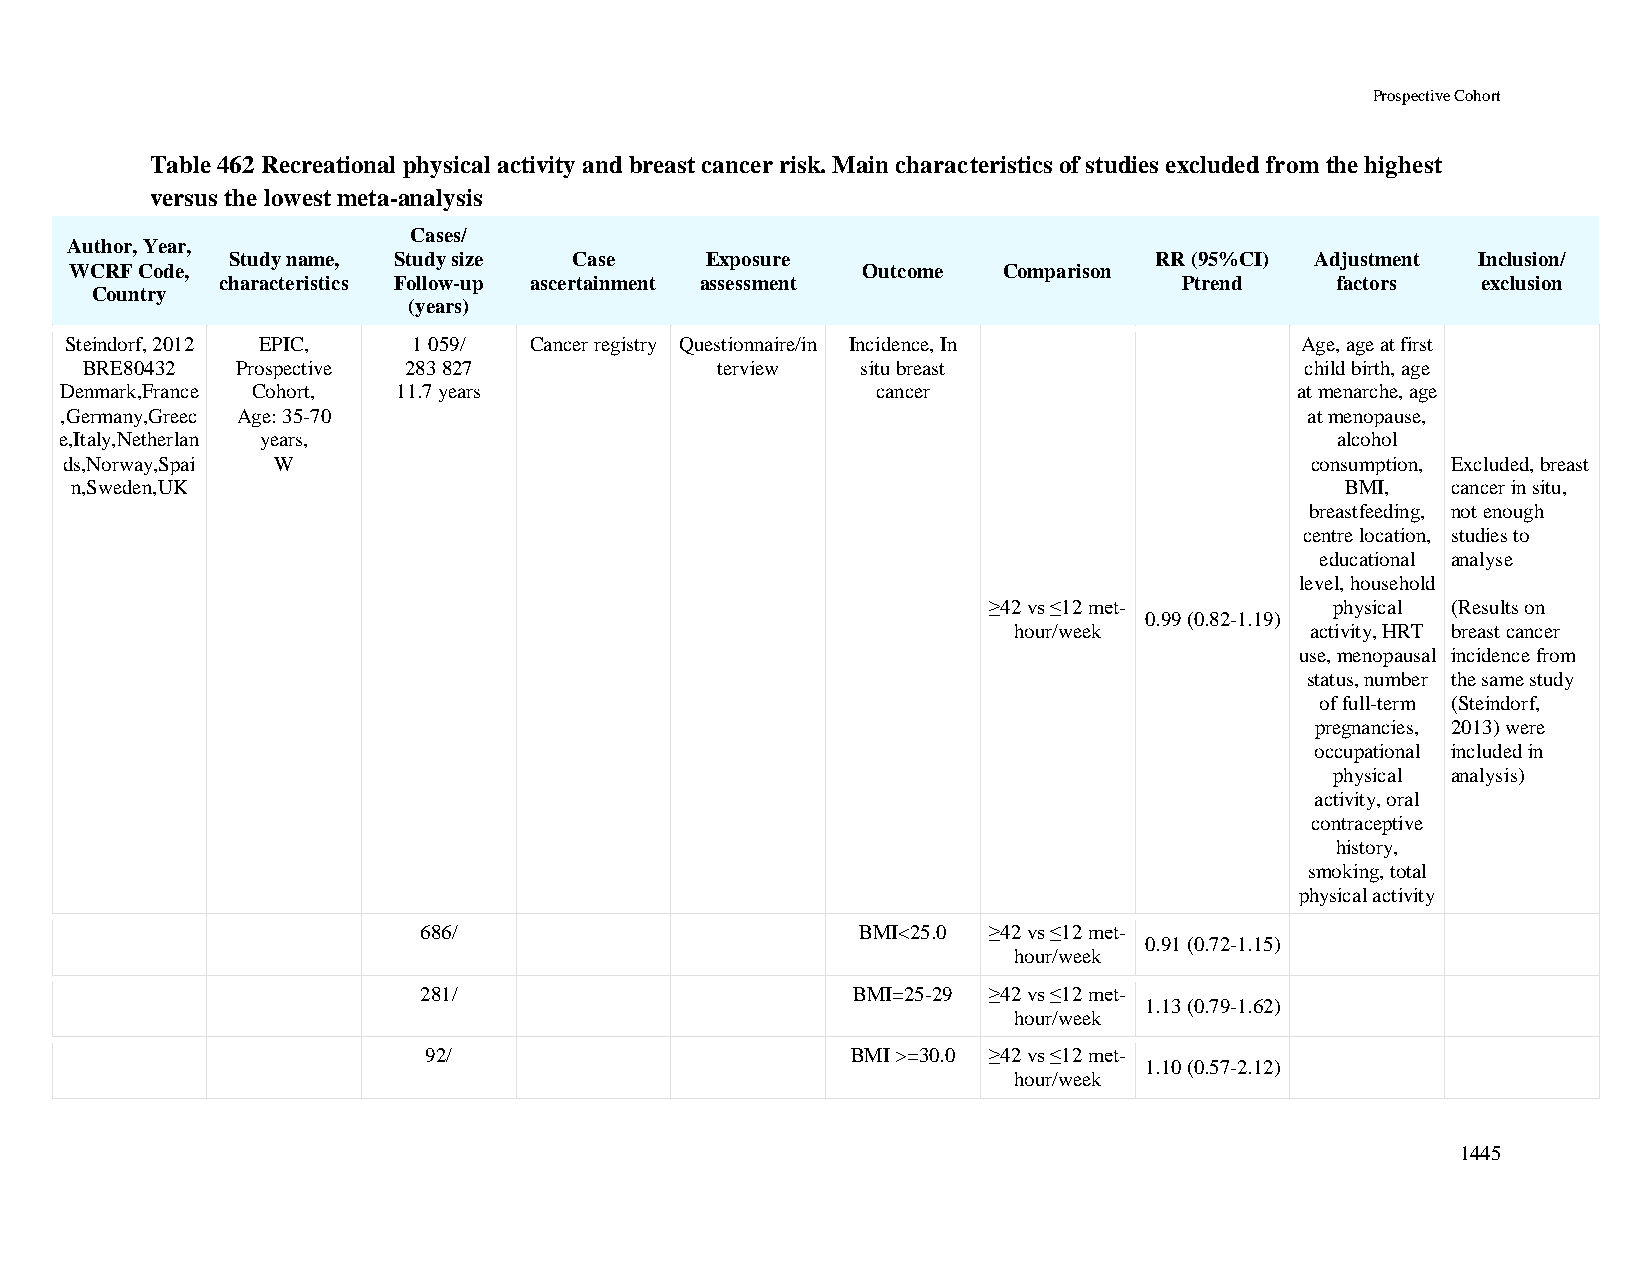
Prospective Cohort
 Table 462 Recreational physical activity and breast cancer risk. Main characteristics of studies excluded from the highest
 versus the lowest meta-analysis
 Cases/
 Author, Year,
 Study name, Study size Case     Exposure                     RR (95%CI) Adjustment Inclusion/
 WCRF Code,                                          Outcome  Comparison
 characteristics Follow-up ascertainment assessment             Ptrend    factors   exclusion
 Country
 (years)
 Steindorf, 2012 EPIC,  1 059/  Cancer registry Questionnaire/in Incidence, In     Age, age at first
 BRE80432   Prospective 283 827            terview   situ breast                  child birth, age
 Denmark,France Cohort, 11.7 years                     cancer                      at menarche, age
 ,Germany,Greec Age: 35-70                                                          at menopause,
 e,Italy,Netherlan years,                                                            alcohol
 ds,Norway,Spai W                                                                   consumption, Excluded, breast
 n,Sweden,UK                                                                         BMI,   cancer in situ,
 breastfeeding, not enough
 centre location, studies to
 educational analyse
 level, household
 ≥42 vs ≤12 met-        physical (Results on
 0.99 (0.82-1.19)
 hour/week           activity, HRT breast cancer
 use, menopausal incidence from
 status, number the same study
 of full-term (Steindorf,
 pregnancies, 2013) were
 occupational included in
 physical analysis)
 activity, oral
 contraceptive
 history,
 smoking, total
 physical activity
 686/                         BMI<25.0 ≥42 vs ≤12 met-
 0.91 (0.72-1.15)
 hour/week
 281/                        BMI=25-29 ≥42 vs ≤12 met-
 1.13 (0.79-1.62)
 hour/week
 92/                         BMI >=30.0 ≥42 vs ≤12 met-
 1.10 (0.57-2.12)
 hour/week
 1445